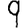
Digit: 9